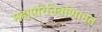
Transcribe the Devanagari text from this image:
महापरिनिर्वाणानंत